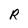
Character: R